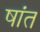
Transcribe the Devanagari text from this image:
षांत